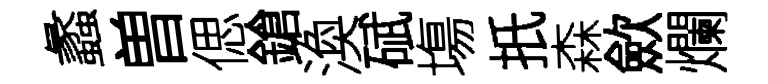
蠡曽偲鎗渙碔塲扺森歛爛